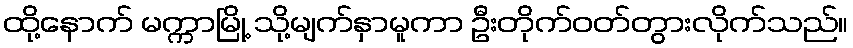
ထို့နောက် မက္ကာမြို့ သို့မျက်နှာမူကာ ဦးတိုက်ဝတ်တွားလိုက်သည်။